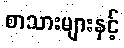
စာသားများနှင့်